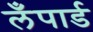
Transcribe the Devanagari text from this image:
लँपार्ड